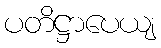
ပတိဋ္ဌာပေယျ